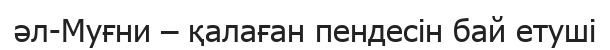
әл-Муғни – қалаған пендесін бай етуші